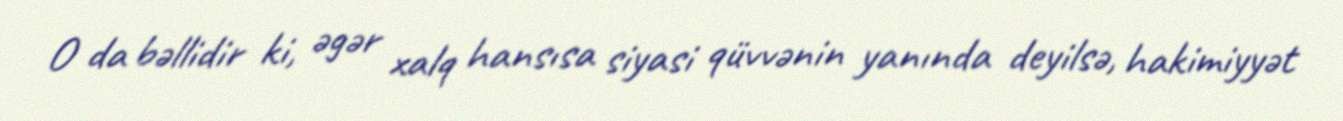
O da bəllidir ki, əgər xalq hansısa siyasi qüvvənin yanında deyilsə, hakimiyyət